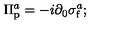
\Pi _ { \mathrm { p } } ^ { a } = - i \partial _ { 0 } \sigma _ { \mathrm { f } } ^ { a } ;